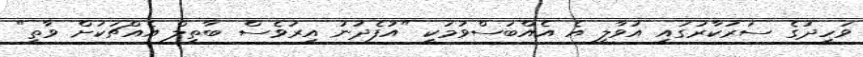
ވަހީދުގެ ސަރުކާރުގައި އުވާލީ އެ އެއްބަސްވުމަކީ "އުފެދުނު އިރުވެސް ބާތިލް އެއްޗަކަށް ވާތީ"